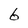
Character: 6